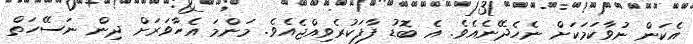
އެކަން ނުވާކަމަކަށް ނެހެދޭނެއެވެ. އެ ބޮޑު ފާފަކުރެވިއްޖެއެވެ. މަންމަ އެހާވަރަށް ދިން ނަސޭހަތް